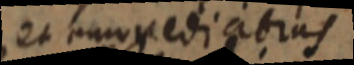
et mopedigoras